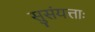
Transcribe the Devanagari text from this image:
सुसंयत्ताः